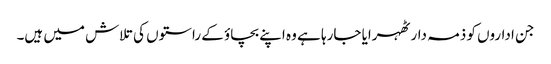
جن اداروں کو ذمہ دار ٹھہرایا جارہا ہے وہ اپنے بچاؤ کے راستوں کی تلاش میں ہیں۔